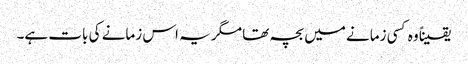
یقیناً وہ کسی زمانے میں بچہ تھا مگر یہ اس زمانے کی بات ہے۔